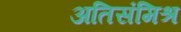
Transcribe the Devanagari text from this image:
अतिसंमिश्र